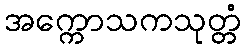
အက္ကောသကသုတ္တံ